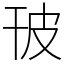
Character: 𤿊